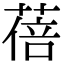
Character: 蓓